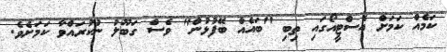
ކަމެއް ކަމަށް އެސްޓީއޯގައި ތިބި "ބައެއް ބޭފުޅުން" ވެސް ގަބޫލު ނުކުރައްވާ ކަމަށެވެ.